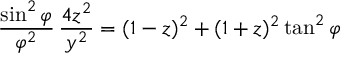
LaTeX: { \frac { \sin ^ { 2 } \varphi } { \varphi ^ { 2 } } } \, { \frac { 4 z ^ { 2 } } { y ^ { 2 } } } = ( 1 - z ) ^ { 2 } + ( 1 + z ) ^ { 2 } \tan ^ { 2 } \varphi